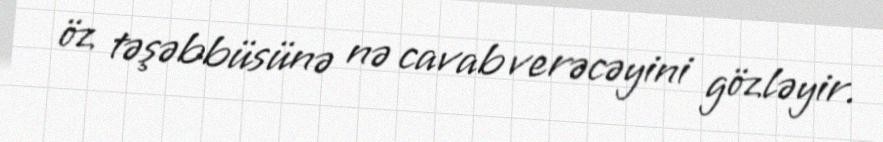
öz təşəbbüsünə nə cavab verəcəyini gözləyir.